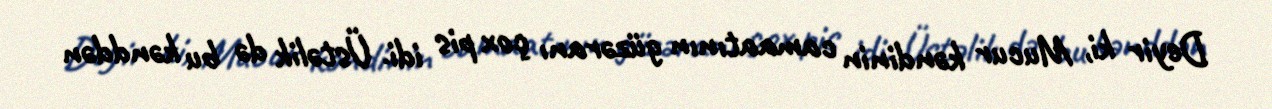
Deyir ki, Mucur kəndinin camaatının güzəranı çox pis idi. Üstəlik də bu kənddən